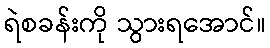
ရဲစခန်းကို သွားရအောင်။